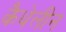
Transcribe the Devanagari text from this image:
कैथेलीन